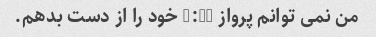
من نمی توانم پرواز 9:40 خود را از دست بدهم.